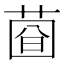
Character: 𦴄